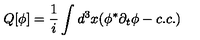
Q [ \phi ] = \frac { 1 } { i } \int d ^ { 3 } x ( \phi ^ { \ast } \partial _ { t } \phi - c . c . )